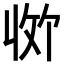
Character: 𪯊